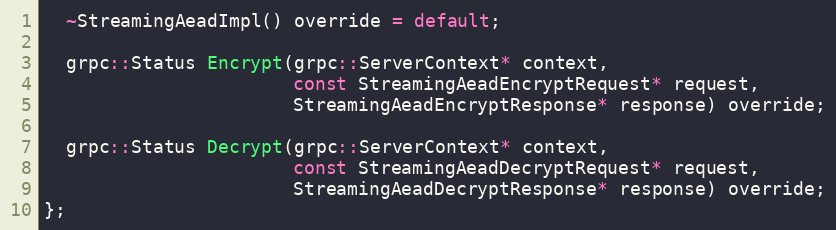
Language: C
  ~StreamingAeadImpl() override = default;

  grpc::Status Encrypt(grpc::ServerContext* context,
                       const StreamingAeadEncryptRequest* request,
                       StreamingAeadEncryptResponse* response) override;

  grpc::Status Decrypt(grpc::ServerContext* context,
                       const StreamingAeadDecryptRequest* request,
                       StreamingAeadDecryptResponse* response) override;
};